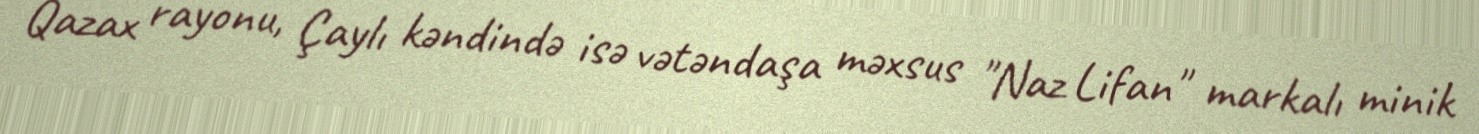
Qazax rayonu, Çaylı kəndində isə vətəndaşa məxsus "Naz Lifan" markalı minik